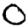
Digit: 0